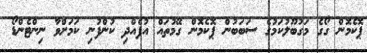
ޕޮކެމޮން ގޯގެ މަގުބޫލުކަމުގެ ސަބަބުން ޕޮކެމޮން ގޭމުތައް އުފެއްދި ކުންފުނި ކަމަށްވާ ނިންޓެންޑޯ